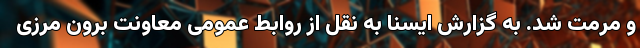
و مرمت شد. به گزارش ایسنا به نقل از روابط عمومی معاونت برون مرزی